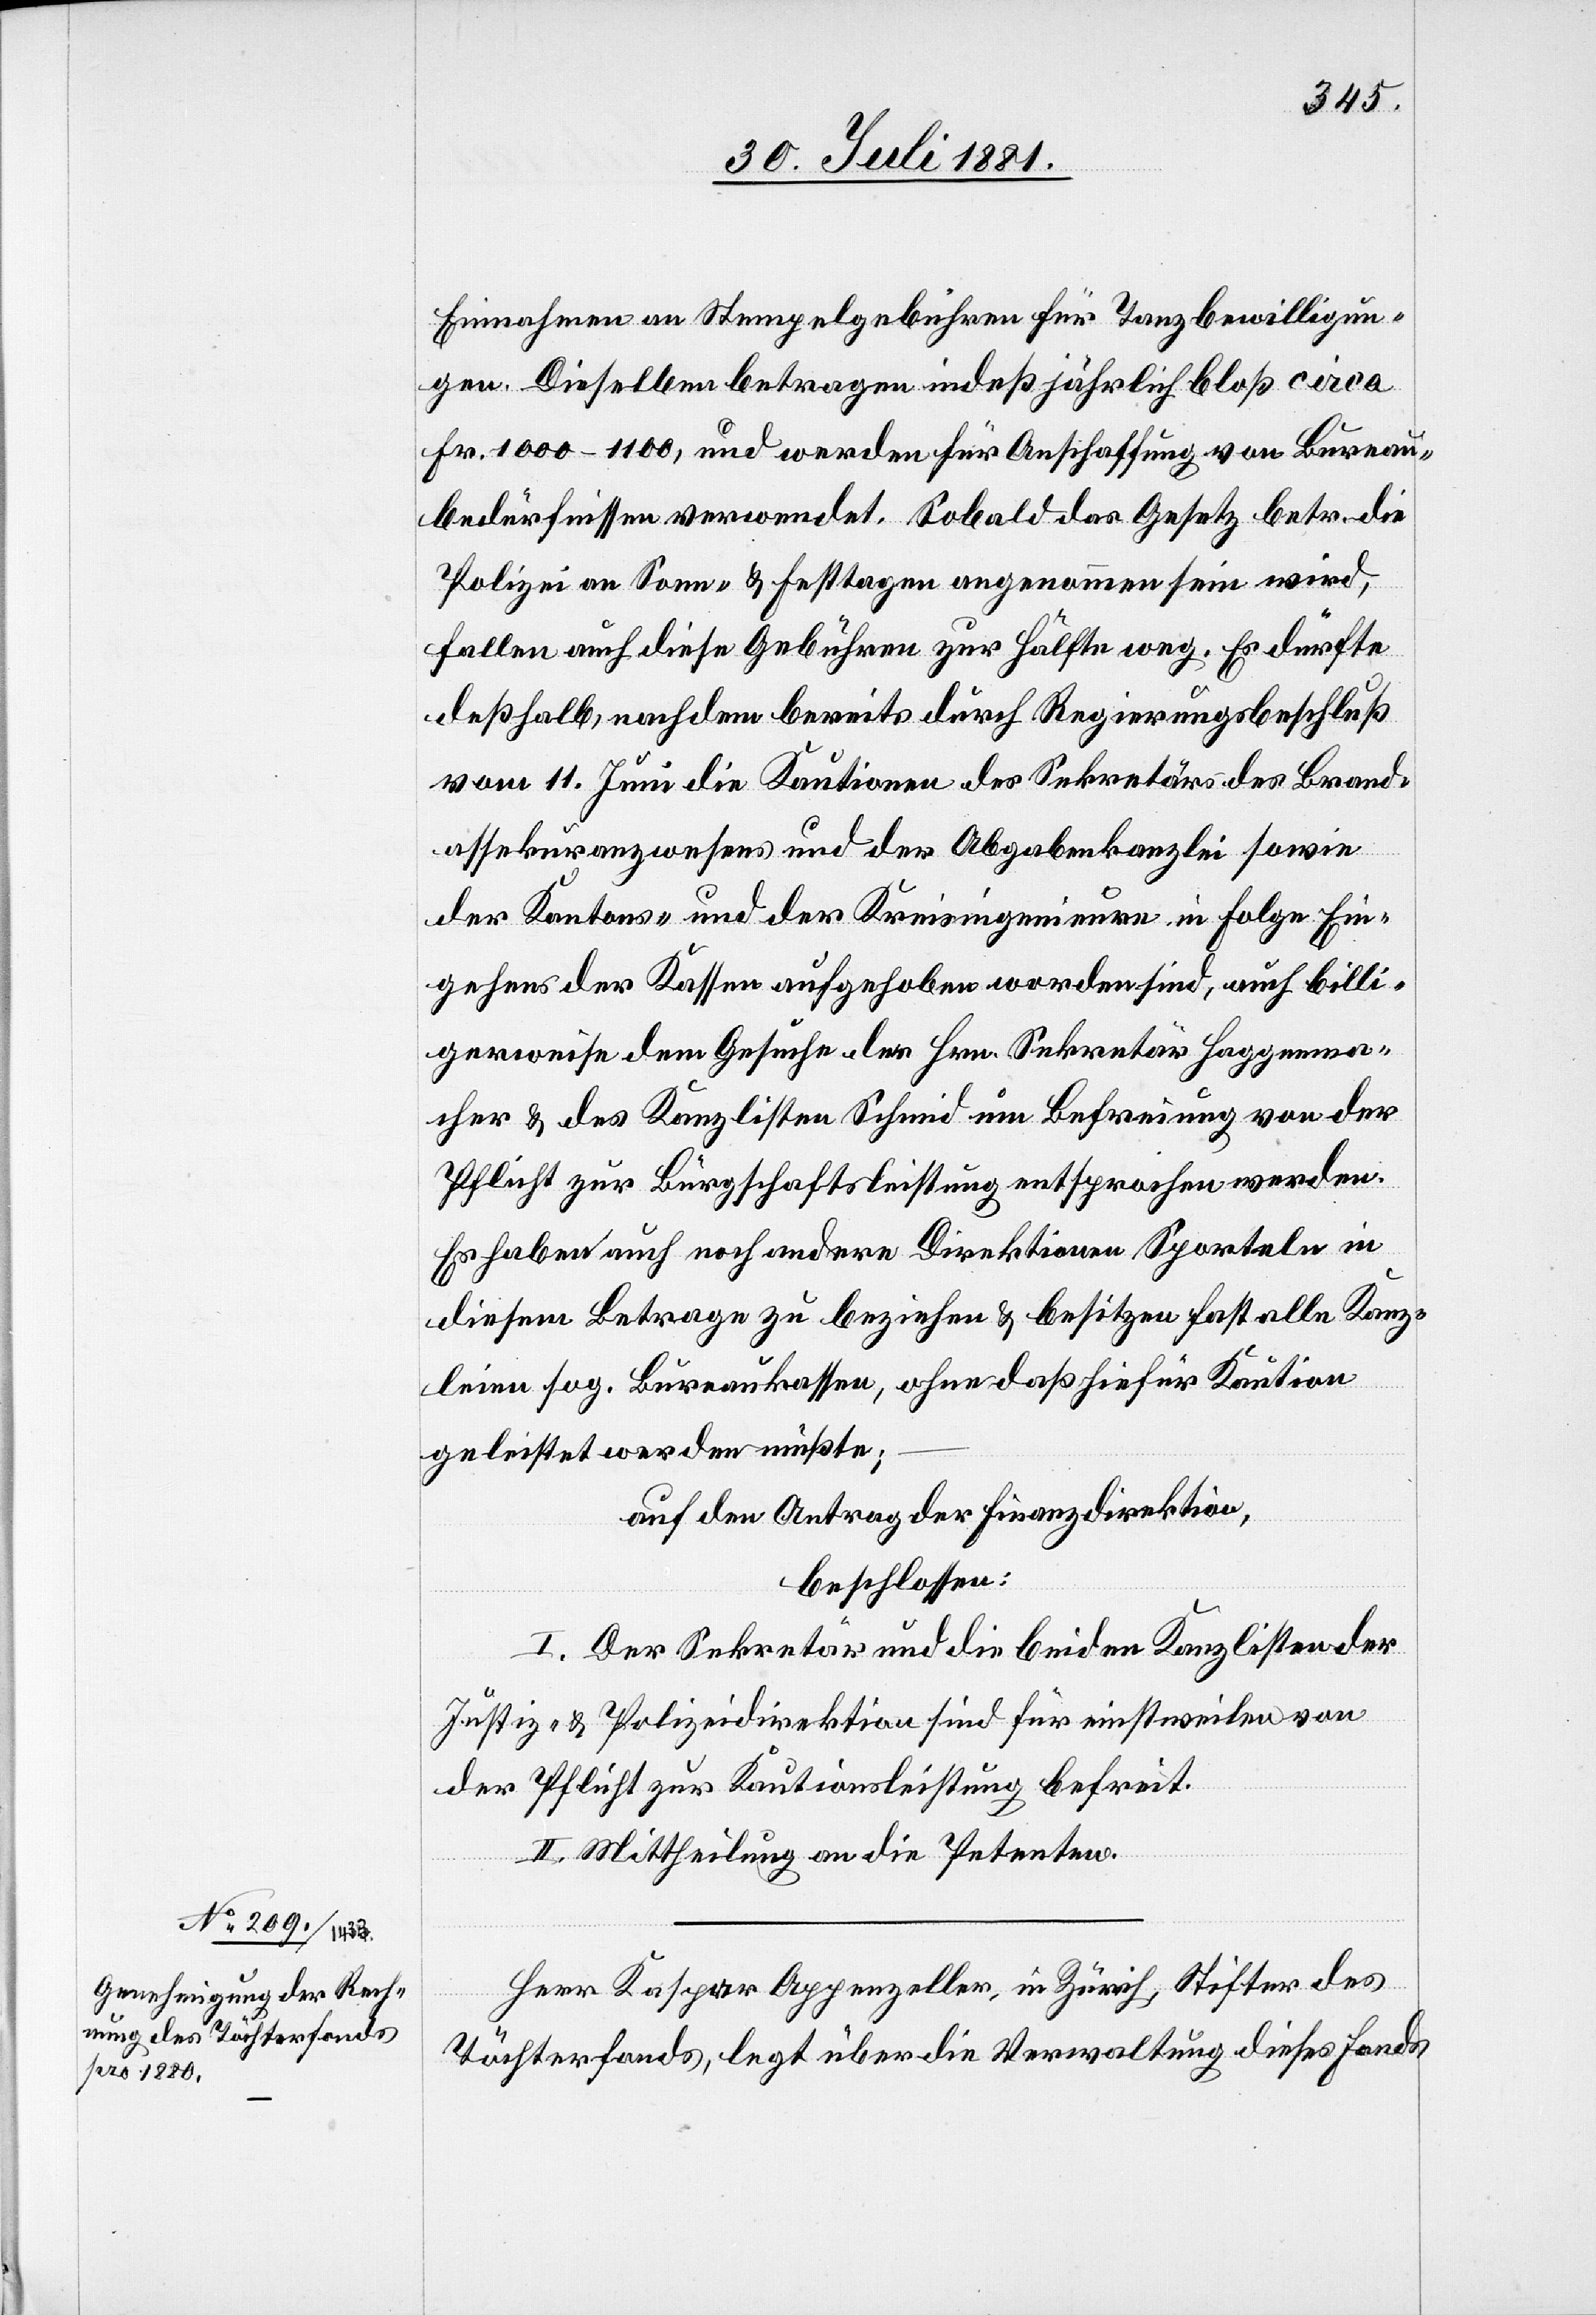
Einnahmen an Stempelgebühren für Tanzbewilligun¬
gen. Dieselben betragen indeß jährlich bloß circa
Fr. 1000–1100, und werden für Anschaffung von Bureau¬
bedürfnissen verwendet. Sobald das Gesetz betr. die
Polizei an Sonn- & Festtagen angenommen sein wird,
fallen auch diese Gebühren zur Hälfte weg. Es dürfte
deßhalb, nachdem bereits durch Regierungsbeschluß
vom 11. Juni die Kaution des Sekretärs des Brand¬
assekuranzwesens und der Abgabenkanzlei sowie
der Kantons- und der Kreisingenieure in Folge Ein¬
gehens der Kassen aufgehoben worden sind, auch billi¬
gerweise dem Gesuche des Hrn. Sekretär Haggenma¬
cher & des Kanzlisten Schmid um Befreiung von der
Pflicht zur Bürgschaftsleistung entsprochen werden.
Es haben auch noch andere Direktionen Sporteln in
diesem Betrage zu beziehen & besitzen fast alle Kanz¬
leien sog. Bureaukassen, ohne daß hiefür Kaution
geleistet werden müßte;–
auf den Antrag der Finanzdirektion,
beschlossen:
I. Der Sekretär und die beiden Kanzlisten der
Justiz- & Polizeidirektion sind für einstweilen von
der Pflicht zur Kautionsleistung befreit.
II. Mittheilung an die Petenten.
Herr Kaspar Appenzeller, in Zürich, Stifter des
Töchterfonds, legt über die Verwaltung dieses Fonds